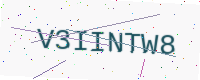
Text: V3IINTW8